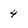
Character: 4